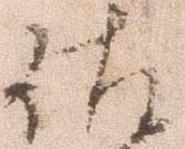
佐